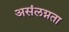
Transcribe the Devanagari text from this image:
असंलग्नता